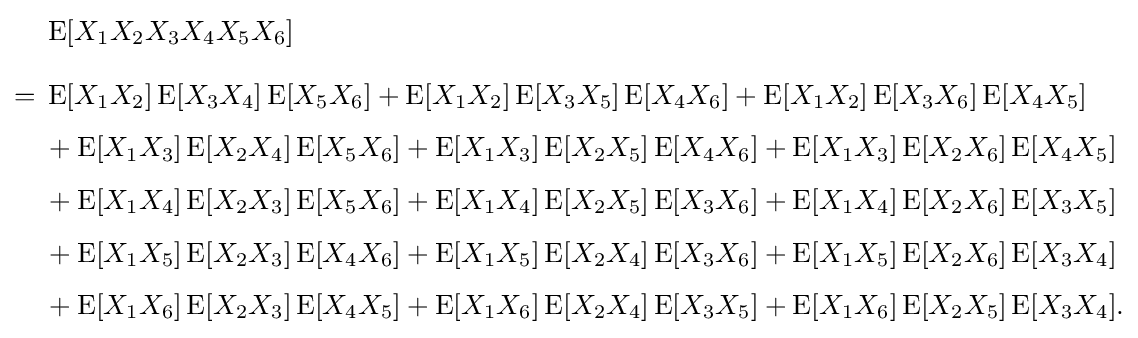
{\begin{aligned}&\operatorname {E} [X_{1}X_{2}X_{3}X_{4}X_{5}X_{6}]\\[8pt]={}&\operatorname {E} [X_{1}X_{2}]\operatorname {E} [X_{3}X_{4}]\operatorname {E} [X_{5}X_{6}]+\operatorname {E} [X_{1}X_{2}]\operatorname {E} [X_{3}X_{5}]\operatorname {E} [X_{4}X_{6}]+\operatorname {E} [X_{1}X_{2}]\operatorname {E} [X_{3}X_{6}]\operatorname {E} [X_{4}X_{5}]\\[4pt]&{}+\operatorname {E} [X_{1}X_{3}]\operatorname {E} [X_{2}X_{4}]\operatorname {E} [X_{5}X_{6}]+\operatorname {E} [X_{1}X_{3}]\operatorname {E} [X_{2}X_{5}]\operatorname {E} [X_{4}X_{6}]+\operatorname {E} [X_{1}X_{3}]\operatorname {E} [X_{2}X_{6}]\operatorname {E} [X_{4}X_{5}]\\[4pt]&{}+\operatorname {E} [X_{1}X_{4}]\operatorname {E} [X_{2}X_{3}]\operatorname {E} [X_{5}X_{6}]+\operatorname {E} [X_{1}X_{4}]\operatorname {E} [X_{2}X_{5}]\operatorname {E} [X_{3}X_{6}]+\operatorname {E} [X_{1}X_{4}]\operatorname {E} [X_{2}X_{6}]\operatorname {E} [X_{3}X_{5}]\\[4pt]&{}+\operatorname {E} [X_{1}X_{5}]\operatorname {E} [X_{2}X_{3}]\operatorname {E} [X_{4}X_{6}]+\operatorname {E} [X_{1}X_{5}]\operatorname {E} [X_{2}X_{4}]\operatorname {E} [X_{3}X_{6}]+\operatorname {E} [X_{1}X_{5}]\operatorname {E} [X_{2}X_{6}]\operatorname {E} [X_{3}X_{4}]\\[4pt]&{}+\operatorname {E} [X_{1}X_{6}]\operatorname {E} [X_{2}X_{3}]\operatorname {E} [X_{4}X_{5}]+\operatorname {E} [X_{1}X_{6}]\operatorname {E} [X_{2}X_{4}]\operatorname {E} [X_{3}X_{5}]+\operatorname {E} [X_{1}X_{6}]\operatorname {E} [X_{2}X_{5}]\operatorname {E} [X_{3}X_{4}].\end{aligned}}